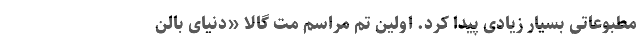
مطبوعاتی بسیار زیادی پیدا کرد. اولین تم مراسم مت گالا «دنیای بالن